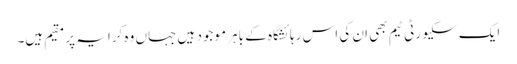
ایک سکیورٹی ٹیم بھی ان کی اس رہائشگاہ کے باہر موجود ہیں جہاں وہ کرایہ پر مقیم ہیں۔